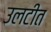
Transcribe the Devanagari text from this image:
उलटीत